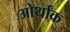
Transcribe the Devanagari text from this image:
ओर्थांक